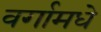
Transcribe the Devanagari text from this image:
वर्गामधे